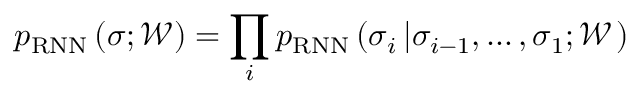
p _ { \mathrm { R N N } } \left( \boldsymbol { \sigma } ; \mathcal { W } \right) = \prod _ { i } p _ { \mathrm { R N N } } \left( \sigma _ { i } \left| \sigma _ { i - 1 } , \dots , \sigma _ { 1 } ; \mathcal { W } \right. \right)